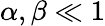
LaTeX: \alpha,\beta\ll 1